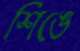
শিঙে